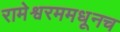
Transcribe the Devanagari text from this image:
रामेश्वरममधूनच